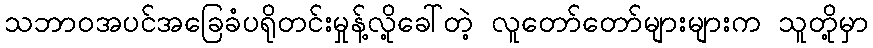
သဘာဝအပင်အခြေခံပရိုတင်းမှုန့်လို့ခေါ်တဲ့ လူတော်တော်များများက သူတို့မှာ